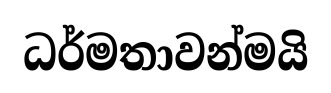
ධර්මතාවන්මයි